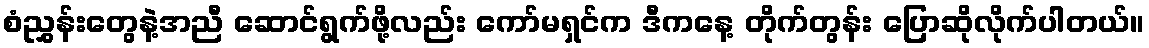
စံညွှန်းတွေနဲ့အညီ ဆောင်ရွက်ဖို့လည်း ကော်မရှင်က ဒီကနေ့ တိုက်တွန်း ပြောဆိုလိုက်ပါတယ်။